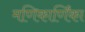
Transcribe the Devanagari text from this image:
मणिकार्णिंका